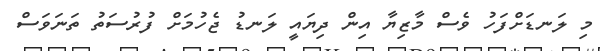
މި ލަނޑަށްފަހު ވެސް މާޒިޔާ އިން ދިޔައީ ލަނޑު ޖެހުމަށް ފުރުސަތު ތަނަވަސް